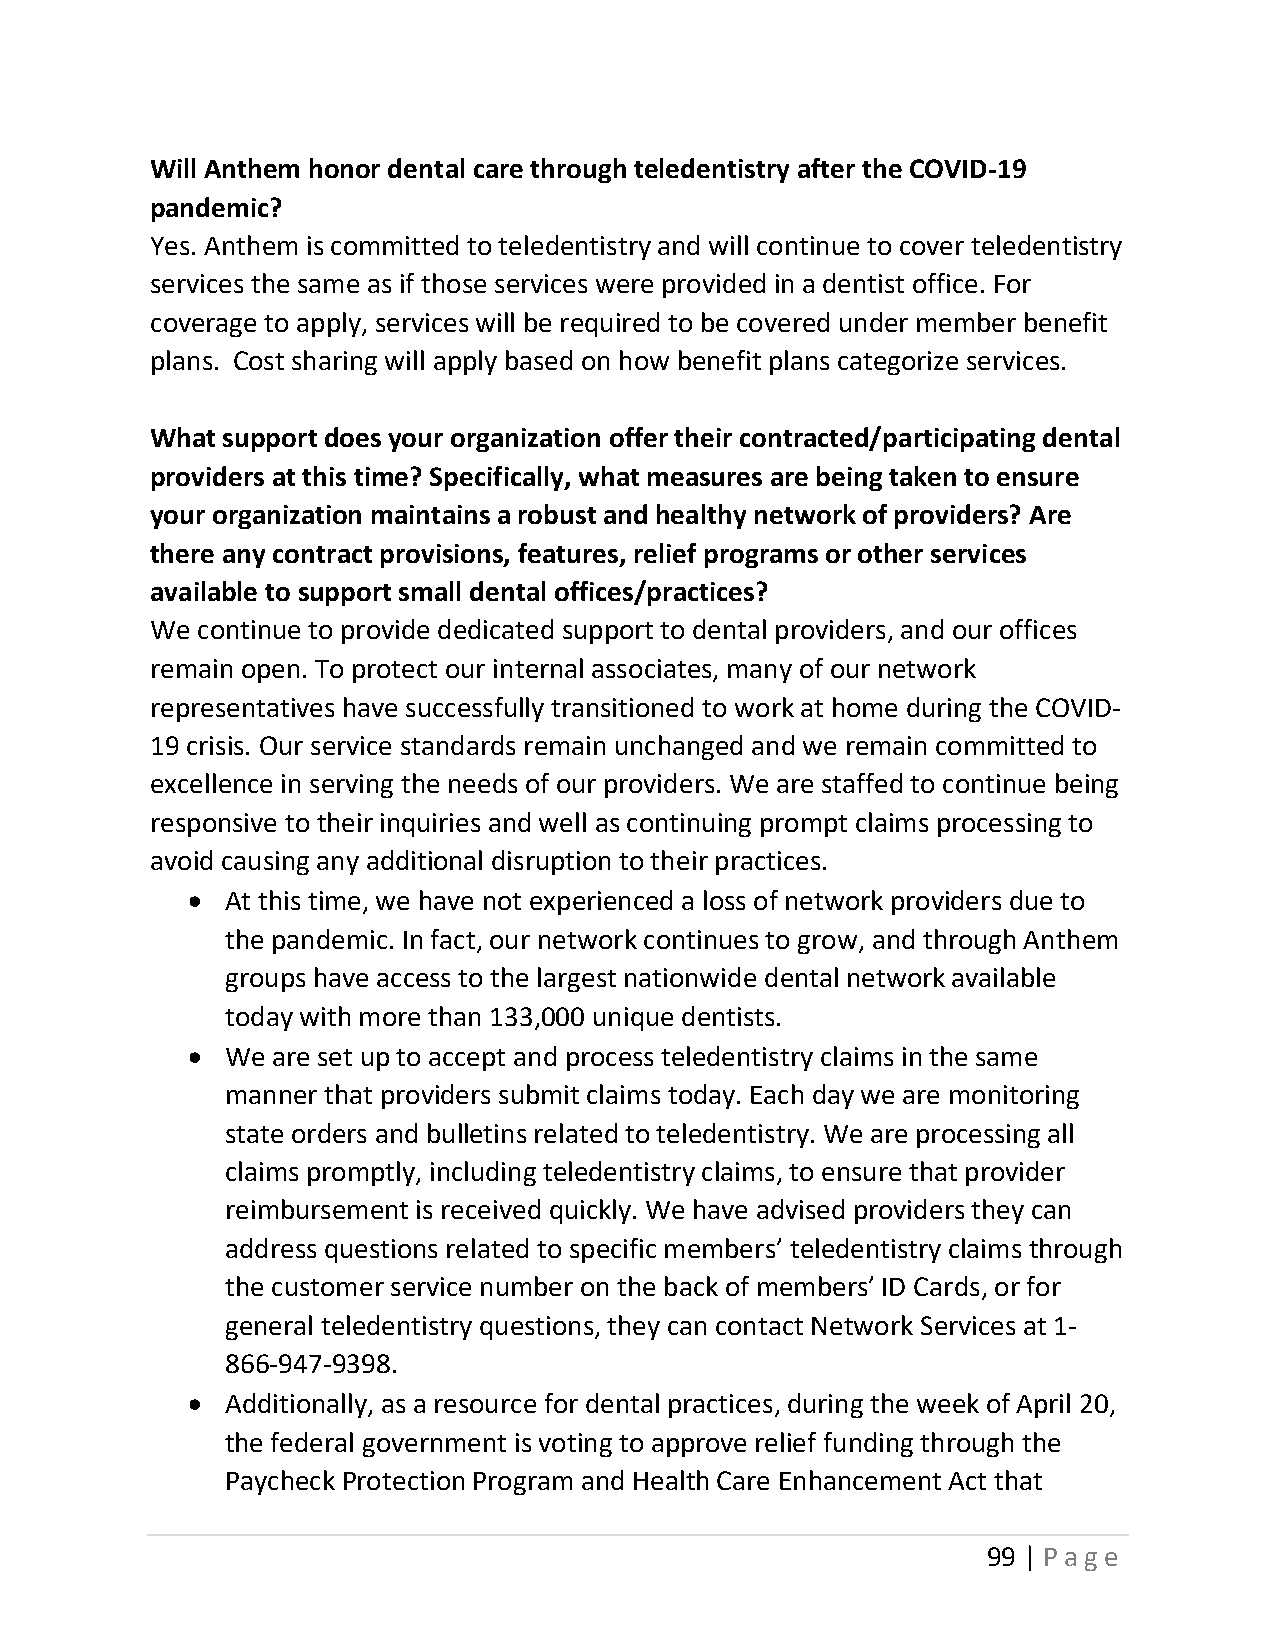
Will Anthem honor dental care through teledentistry after the COVID-19
 pandemic?
 Yes. Anthem is committed to teledentistry and will continue to cover teledentistry
 services the same as if those services were provided in a dentist office. For
 coverage to apply, services will be required to be covered under member benefit
 plans. Cost sharing will apply based on how benefit plans categorize services.
 What support does your organization offer their contracted/participating dental
 providers at this time? Specifically, what measures are being taken to ensure
 your organization maintains a robust and healthy network of providers? Are
 there any contract provisions, features, relief programs or other services
 available to support small dental offices/practices?
 We continue to provide dedicated support to dental providers, and our offices
 remain open. To protect our internal associates, many of our network
 representatives have successfully transitioned to work at home during the COVID-
 19 crisis. Our service standards remain unchanged and we remain committed to
 excellence in serving the needs of our providers. We are staffed to continue being
 responsive to their inquiries and well as continuing prompt claims processing to
 avoid causing any additional disruption to their practices.
 •  At this time, we have not experienced a loss of network providers due to
 the pandemic. In fact, our network continues to grow, and through Anthem
 groups have access to the largest nationwide dental network available
 today with more than 133,000 unique dentists.
 •  We are set up to accept and process teledentistry claims in the same
 manner that providers submit claims today. Each day we are monitoring
 state orders and bulletins related to teledentistry. We are processing all
 claims promptly, including teledentistry claims, to ensure that provider
 reimbursement is received quickly. We have advised providers they can
 address questions related to specific members’ teledentistry claims through
 the customer service number on the back of members’ ID Cards, or for
 general teledentistry questions, they can contact Network Services at 1-
 866-947-9398.
 •  Additionally, as a resource for dental practices, during the week of April 20,
 the federal government is voting to approve relief funding through the
 Paycheck Protection Program and Health Care Enhancement Act that
 99 | Page